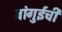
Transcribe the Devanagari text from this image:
बांगुईची